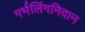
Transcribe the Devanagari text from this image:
गर्भलिंगनिदान